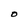
Character: O